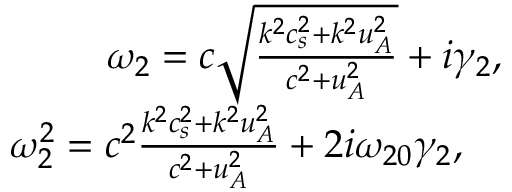
\begin{array} { r } { \omega _ { 2 } = c \sqrt { \frac { k ^ { 2 } c _ { s } ^ { 2 } + k ^ { 2 } u _ { A } ^ { 2 } } { c ^ { 2 } + u _ { A } ^ { 2 } } } + i \gamma _ { 2 } , } \\ { \omega _ { 2 } ^ { 2 } = c ^ { 2 } \frac { k ^ { 2 } c _ { s } ^ { 2 } + k ^ { 2 } u _ { A } ^ { 2 } } { c ^ { 2 } + u _ { A } ^ { 2 } } + 2 i \omega _ { 2 0 } \gamma _ { 2 } , \quad } \end{array}